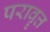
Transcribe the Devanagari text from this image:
परावॄत्त